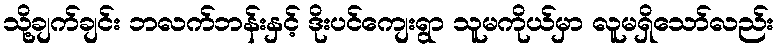
သို့ချက်ချင်း ဘလက်ဘန်းနှင့် ဒိုးပင်ကျေးရွာ သူမကိုယ်မှာ လူမရှိသော်လည်း